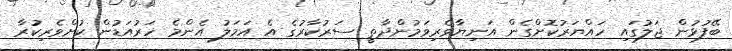
ބޭފުޅުން ޖަލުގައި ހައްޔަރުކޮށްގެން އަނިޔާވެރިވަމުންދާތީ ސަރުކާރުގެ އެ އަމަލު އެންމެ ހަރުއަޑުން ކުށްވެރިކުރާ